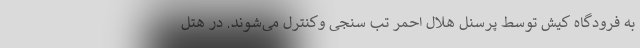
به فرودگاه کیش توسط پرسنل هلال احمر تب سنجی وکنترل می‌شوند. در هتل